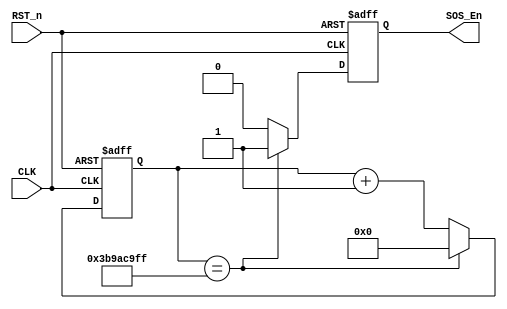
`timescale 1ns / 1ps
//////////////////////////////////////////////////////////////////////////////////
// Company: 
// Engineer: 
// 
// Design Name: 
// Module Name:    control_module 
// Project Name: 
// Target Devices: 
// Tool versions: 
// Description: 
//
// Dependencies: 
//
// Revision: 
// Revision 0.01 - File Created
// Additional Comments: 
//
//////////////////////////////////////////////////////////////////////////////////
module control_led_module(
    CLK,
    RST_n,
    SOS_En
    );
    
    input CLK;
    input RST_n;
    output reg SOS_En;
    
    //led: 1s * 6 + 3s * 3 + 0.5s * 9 = 19.5s
    parameter T20S = 30'd999_999_999;
    
    reg [29:0] count;
    
    always @(posedge CLK or negedge RST_n) begin
        if (!RST_n) begin
            SOS_En <= 1'b0;
            count <= 30'd0;
        end
        else if (count == T20S) begin
            SOS_En <= 1'b1;
            count <= 30'd0;
        end
        else begin
            SOS_En <= 1'b0;
            count <= count + 1'b1;
        end
    end
    
endmodule